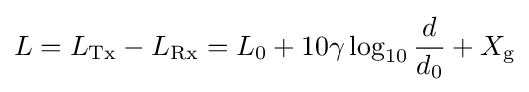
L=L_{\text{Tx}}-L_{\text{Rx}}=L_{0}+10\gamma \log _{10}{\frac {d}{d_{0}}}+X_{\text{g}}